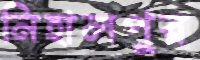
নিহালপুর